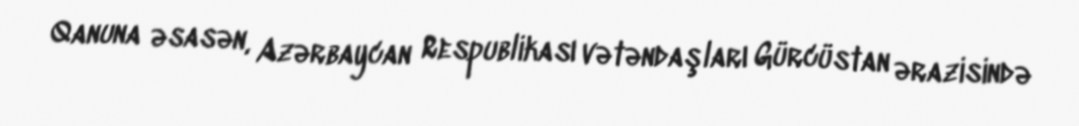
Qanuna əsasən, Azərbaycan Respublikası vətəndaşları Gürcüstan ərazisində